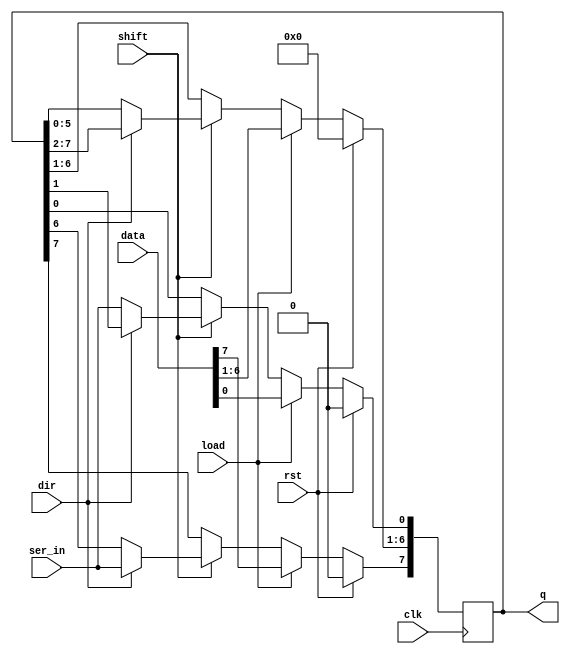
/*
    An 8-bit shift register with a synchronous load, serial input 
    and reset control mechanism operating at the POSITIVE edge of 
    the clock signal clk
*/
module shift_register (
    output reg [7:0] q,
    input [7:0] data,
    input clk, rst, shift, load, dir, ser_in
);

    always @(posedge clk) begin
    if(rst) 
        q <= 0;
    else 
        if(load) 
            q <= data;
        else
            if(shift) begin
                if(dir) begin
                    q <= q >> 1;
                    q[7] <= ser_in;
                end 
                else begin
                    q <= q << 1;
                    q[0] <= ser_in;
                end
            end
            else
                q <= q;
    end

endmodule